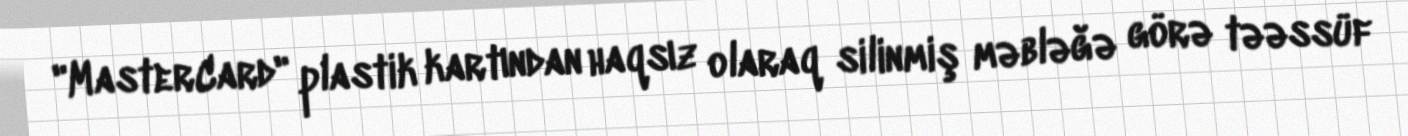
"MasterCard" plastik kartından haqsız olaraq silinmiş məbləğə görə təəssüf